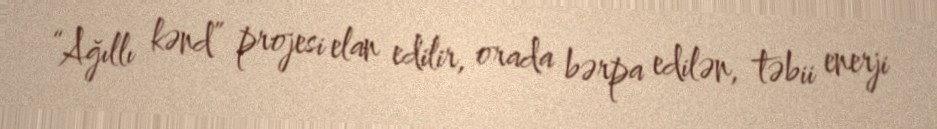
“Ağıllı kənd” projesi elan edilir, orada bərpa edilən, təbii enerji